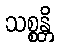
သစ္စန္တိ